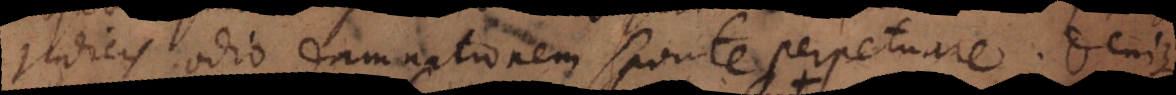
judicis odio damnationem sponte perpetuare. Denique